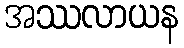
အဿလာယန